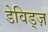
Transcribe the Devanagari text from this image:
डेविड्ज़